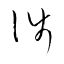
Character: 渉